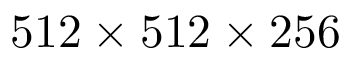
5 1 2 \times 5 1 2 \times 2 5 6